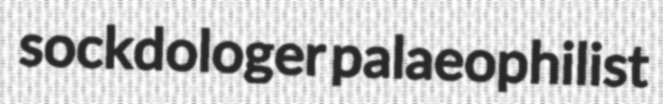
sockdologer palaeophilist